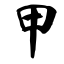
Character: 甲